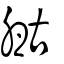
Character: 𠷞